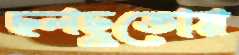
ছলছুতোয়